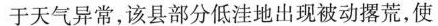
于天气异常，该县部分低洼地出现被动撂荒，使